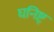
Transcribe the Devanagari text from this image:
घनिष्ट्